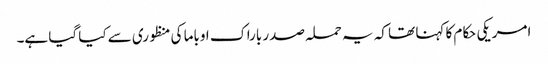
امریکی حکام کا کہنا تھا کہ یہ حملہ صدر باراک اوباما کی منظوری سے کیا گیا ہے۔